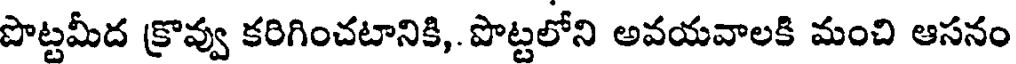
పొట్టమీద క్రొవ్వు కరిగించటానికి,. పొట్టలోని అవయవాలకి మంచి ఆసనం